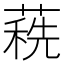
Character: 𦹞